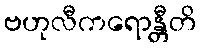
ဗဟုလီကရောန္တီတိ